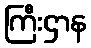
ကြီးဌာန